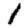
Digit: 1